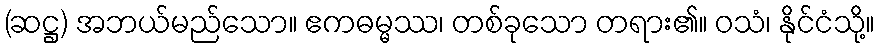
(ဆဋ္ဌ) အဘယ်မည်သော။ ဧကဓမ္မဿ၊ တစ်ခုသော တရား၏။ ဝသံ၊ နိုင်ငံသို့။